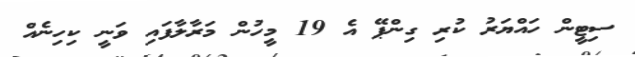
ސިޓީން ހައްޔަރު ކުރި ގިންޕޭ އެ 19 މީހުން މަރާލާފައި ވަނީ ކިހިނެއް